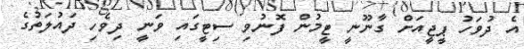
އެ ދުވަހު ޕީޖީއަށް ގާނޫނީ ޓީމުން ފޮނުވި ސިޓީގައި ވަނީ ދިވެހި ދައުލަތުގެ